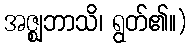
အဇ္ဈဘာသိ၊ ရွတ်၏။)